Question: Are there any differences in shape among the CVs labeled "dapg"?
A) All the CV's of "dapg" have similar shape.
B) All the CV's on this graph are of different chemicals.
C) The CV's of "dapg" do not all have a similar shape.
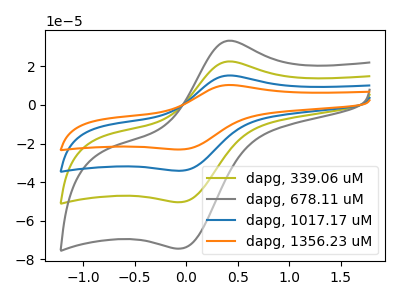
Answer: <think>The olive curve "dapg, 339.06 uM" has an anodic peak at (0.40V, 22.50uA) and a cathodic peak at (-0.05V, -50.35uA). The gray curve "dapg, 678.11 uM" has an anodic peak at (0.40V, 33.25uA) and a cathodic peak at (-0.05V, -74.35uA). The blue curve "dapg, 1017.17 uM" has an anodic peak at (0.40V, 45.05uA) and a cathodic peak at (-0.05V, -100.70uA). The orange curve "dapg, 1356.23 uM" has an anodic peak at (0.40V, 67.55uA) and a cathodic peak at (-0.05V, -151.05uA).
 All the peaks in "dapg, 339.06 uM" have a peak in "dapg, 678.11 uM" at the same potential. Every peak in "dapg, 339.06 uM" is lower than every peak in "dapg, 678.11 uM". All the peaks in "dapg, 339.06 uM" have a peak in "dapg, 1017.17 uM" at the same potential. Every peak in "dapg, 339.06 uM" is lower than every peak in "dapg, 1017.17 uM". All the peaks in "dapg, 339.06 uM" have a peak in "dapg, 1356.23 uM" at the same potential. Every peak in "dapg, 339.06 uM" is lower than every peak in "dapg, 1356.23 uM". All the peaks in "dapg, 678.11 uM" have a peak in "dapg, 1017.17 uM" at the same potential. Every peak in "dapg, 678.11 uM" is lower than every peak in "dapg, 1017.17 uM". All the peaks in "dapg, 678.11 uM" have a peak in "dapg, 1356.23 uM" at the same potential. Every peak in "dapg, 678.11 uM" is lower than every peak in "dapg, 1356.23 uM". All the peaks in "dapg, 1017.17 uM" have a peak in "dapg, 1356.23 uM" at the same potential. Every peak in "dapg, 1017.17 uM" is lower than every peak in "dapg, 1356.23 uM".</think>
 <answer>A) All the CV's of "dapg" have similar shape.</answer>
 <eval>A</eval>